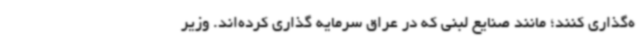
ه‌گذاری کنند؛ مانند صنایع لبنی که در عراق سرمایه گذاری کرده‌اند. وزیر